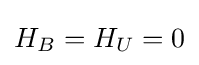
H_{B}=H_{U}=0